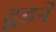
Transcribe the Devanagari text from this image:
ढूडने